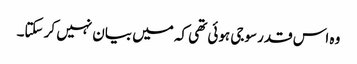
وہ اس قدر سوجی ہوئی تھی کہ میں بیان نہیں کر سکتا۔